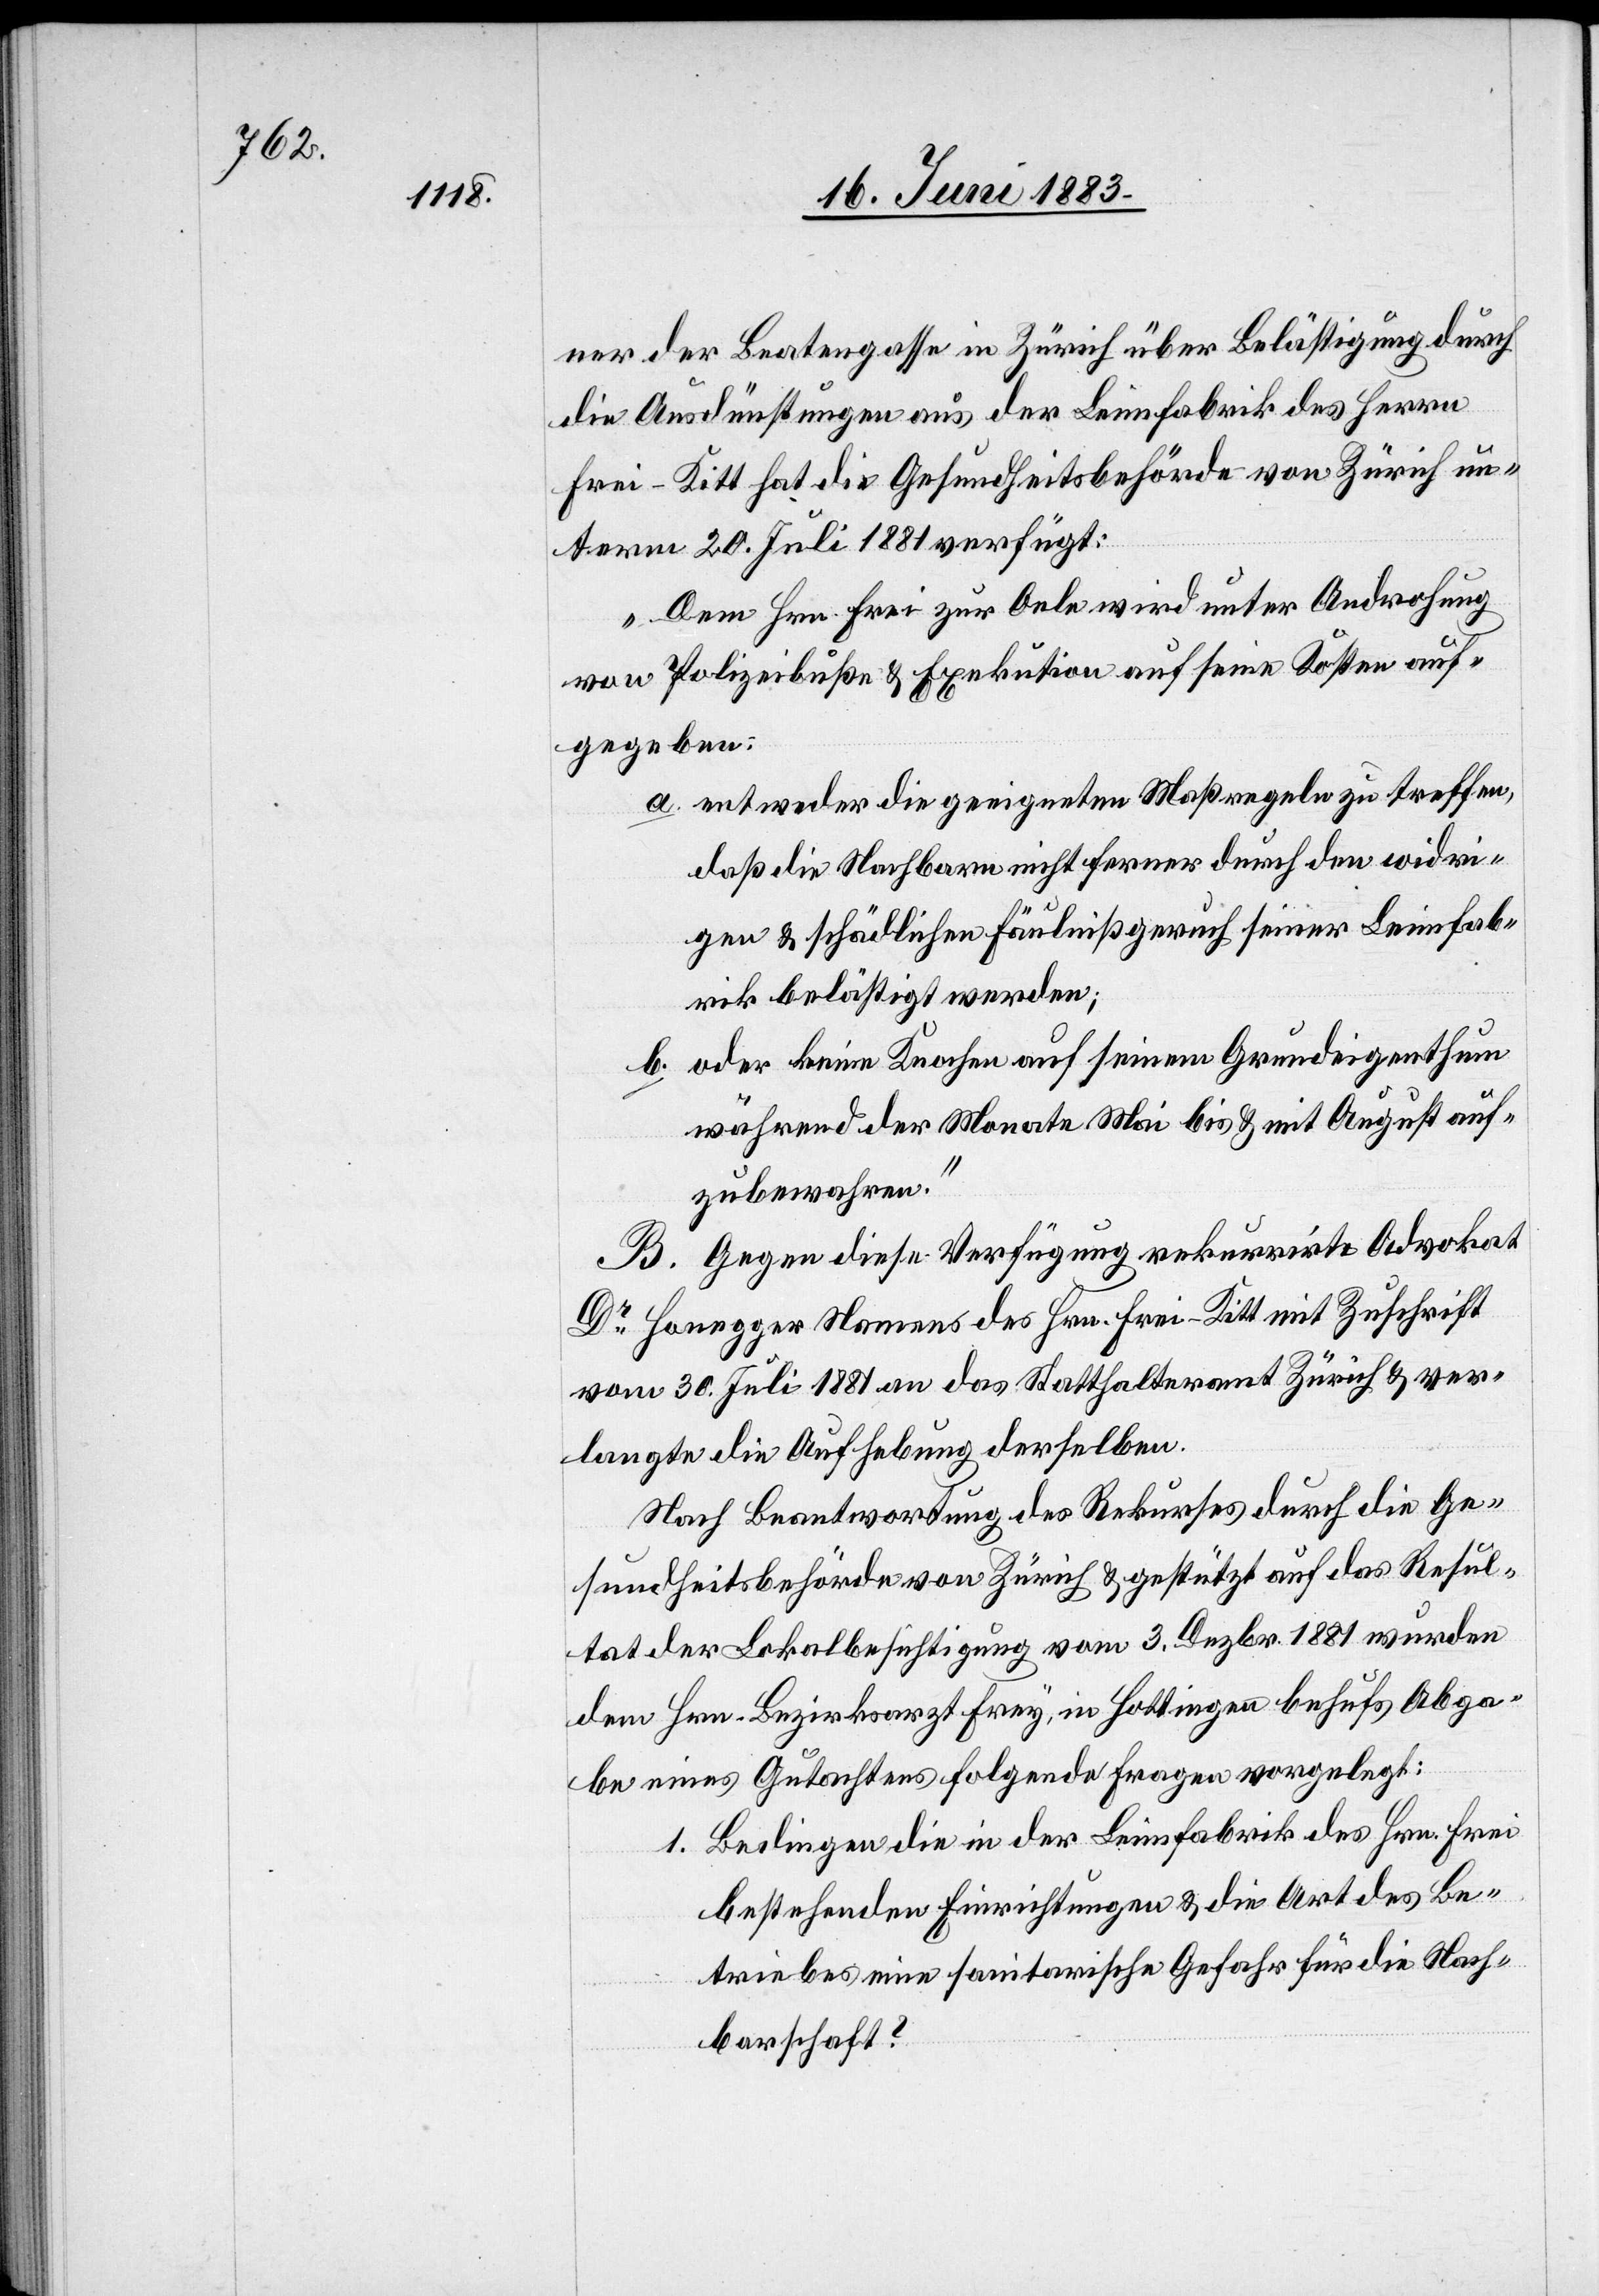
ner der Beatengasse in Zürich über Belästigung durch
die Ausdünstungen aus der Leimfabrik des Herrn
Frei-Kitt hat die Gesundheitsbehörde von Zürich un¬
term 20. Juli 1881 verfügt:
„Dem Hrn. Frei zur Oele wird unter Androhung
von Polizeibuße & Exekution auf seine Kosten auf¬
gegeben:
a. entweder die geeigneten Maßregeln zu treffen,
daß die Nachbarn nicht ferner durch den widri¬
gen & schädlichen Fäulnißgeruch seiner Leimfab¬
rik belästigt werden;
b. oder keine Knochen auf seinem Grundeigenthum
während der Monate Mai bis & mit August auf¬
zubewahren.“
B. Gegen diese Verfügung rekurrirte Advokat
Dr Honegger Namens des Hrn. Frei-Kitt mit Zuschrift
vom 30. Juli 1881 an das Statthalteramt Zürich & ver¬
langte die Aufhebung derselben.
Nach Beantwortung des Rekurses durch die Ge¬
sundheitsbehörde von Zürich & gestützt auf das Resul¬
tat der Lokalbesichtigung vom 3. Dezbr. 1881 wurden
dem Hrn. Bezirksarzt Frey, in Hottingen behufs Abga¬
be eines Gutachtens folgende Fragen vorgelegt:
1. Bedingen die in der Leimfabrik des Hrn. Frei
bestehenden Einrichtungen & die Art des Be¬
triebes eine sanitarische Gefahr für die Nach¬
barschaft?